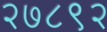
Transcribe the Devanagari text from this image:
२७८९२